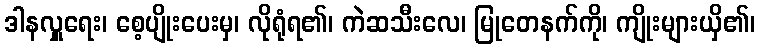
ဒါနလှူရေး၊ စေ့ပျိုးပေးမှ၊ လိုရုံရ၏၊ ကဲဆသီးလေ၊ မြုတေနက်ကို၊ ကျိုးများယှိ၏၊